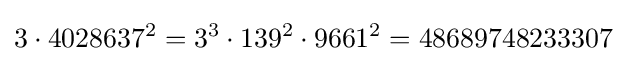
3\cdot 4028637^{2}=3^{3}\cdot 139^{2}\cdot 9661^{2}=48689748233307